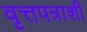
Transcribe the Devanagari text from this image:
वृत्तपत्राशी